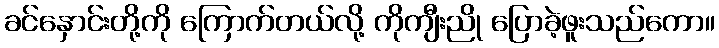
ခင်နှောင်းတို့ကို ကြောက်တယ်လို့ ကိုကျီးညို ပြောခဲ့ဖူးသည်ကော။